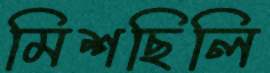
মিশছিলি